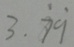
3 . \dot { 7 } \dot { 9 }